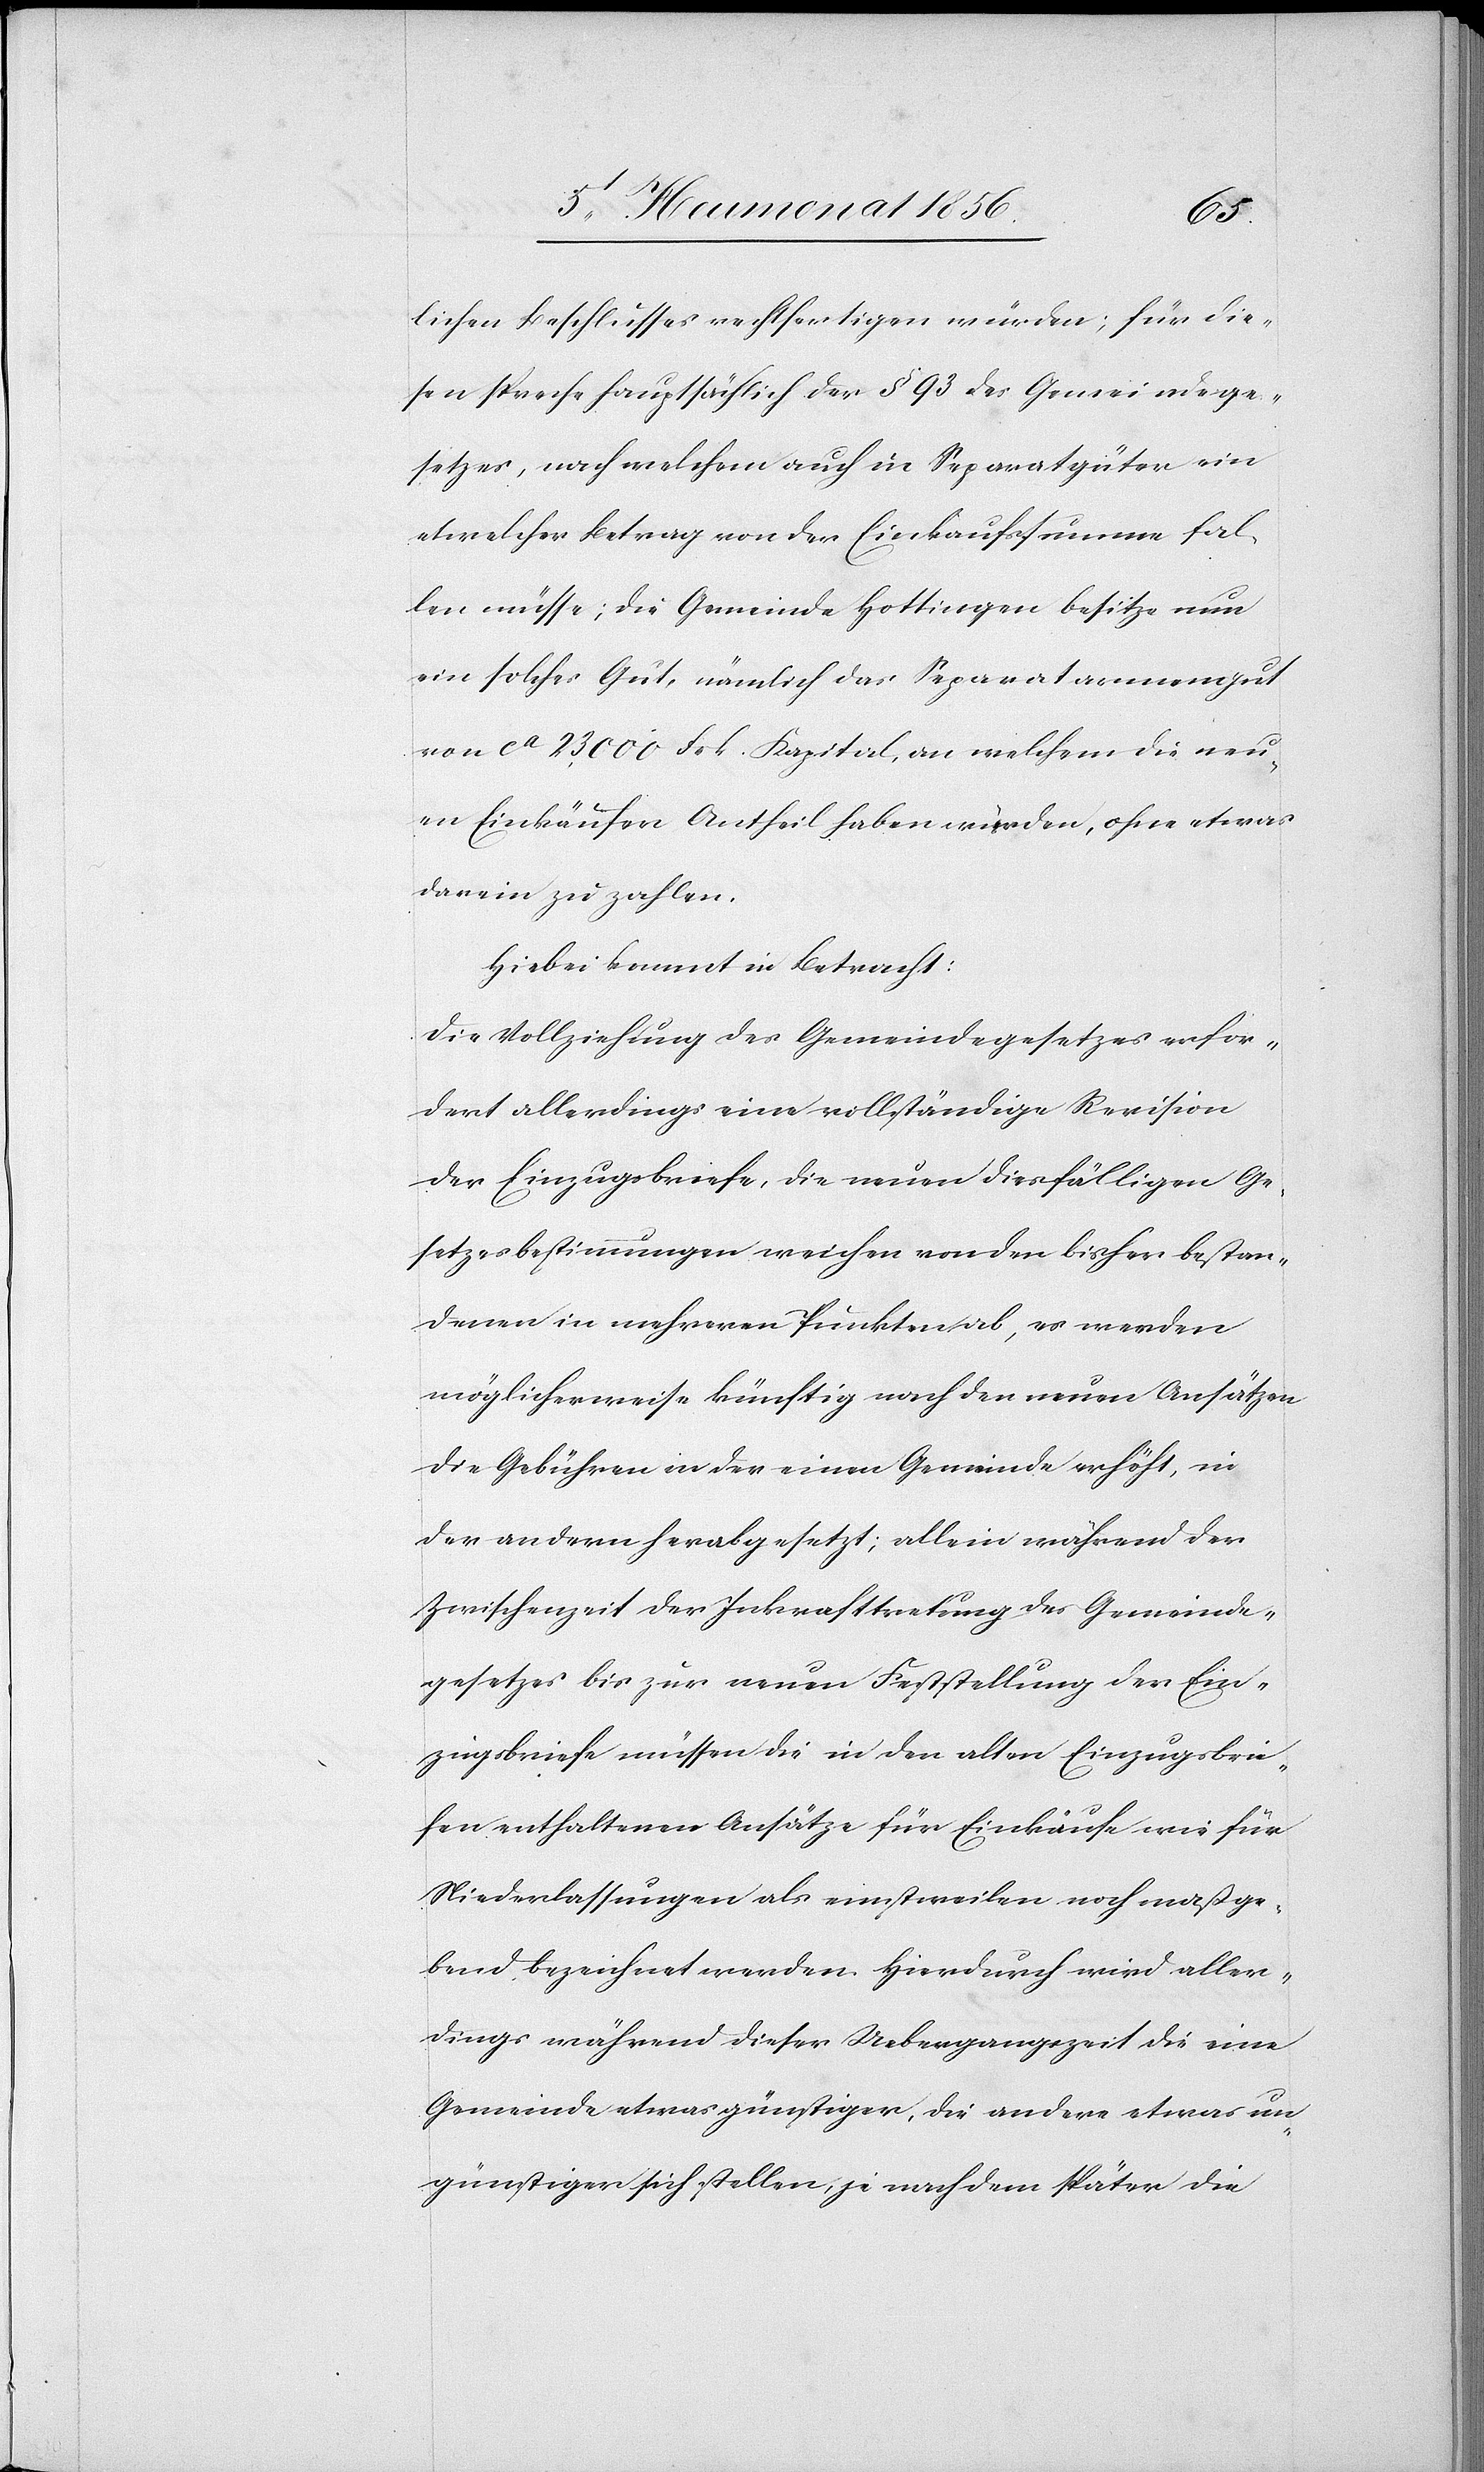
lichen Beschlusses rechtfertigen würden; für die¬
sen spreche hauptsächlich der § 93 des Gemeindege¬
setzes, nach welchem auch in Separatgüter ein
etwelcher Betrag von der Einkaufssumme fal¬
len müsse; die Gemeinde Hottingen besitze nun
ein solches Gut, nämlich das Separatarmengut
von ca 23,000 Frk. Kapital, an welchem die neu¬
en Einkäufer Antheil haben würden, ohne etwas
darein zu zahlen.
Hiebei kommt in Betracht:
Die Vollziehung des Gemeindegesetzes erfor¬
dert allerdings eine vollständige Revision
der Einzugsbriefe, die neuen diesfälligen Ge¬
setzesbestimmungen weichen von den bisher bestan¬
denen im mehreren Punkten ab, es werden
möglicherweise künftig nach den neuen Ansätzen
die Gebühren in der einen Gemeinde erhöht, in
der andern herabgesetzt; allein während der
Zwischenzeit der Inkrafttretung des Gemeinde¬
gesetzes bis zur neuen Feststellung der Ein¬
zugsbriefe müssen die in den alten Einzugsbrie¬
fen enthaltenen Ansätze für Einkäufe wie für
Niederlassungen als einstweilen noch maßge¬
bend bezeichnet werden. Hierdurch wird aller¬
dings während dieser Uebergangszeit die eine
Gemeinde etwas günstiger, die andere etwas un¬
günstiger sich stellen, je nachdem später die